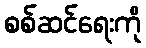
စစ်ဆင်ရေးကို